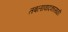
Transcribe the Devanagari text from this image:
तबलावादकासाठी